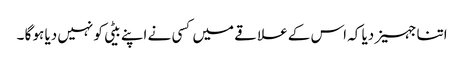
اتنا جہیز دیا کہ اس کے علا قے میں کسی نے اپنے بیٹی کو نہیں دیا ہو گا ۔